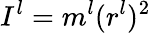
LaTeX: I^{l}=m^{l}(r^{l})^{2}